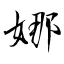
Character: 娜